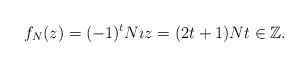
\begin{align*}f_{N}(z) = (-1)^{t} N \imath z = (2t+1)N t \in \mathbb{Z}.\end{align*}